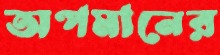
অপমানের